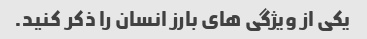
یکی از ویژگی های بارز انسان را ذکر کنید.